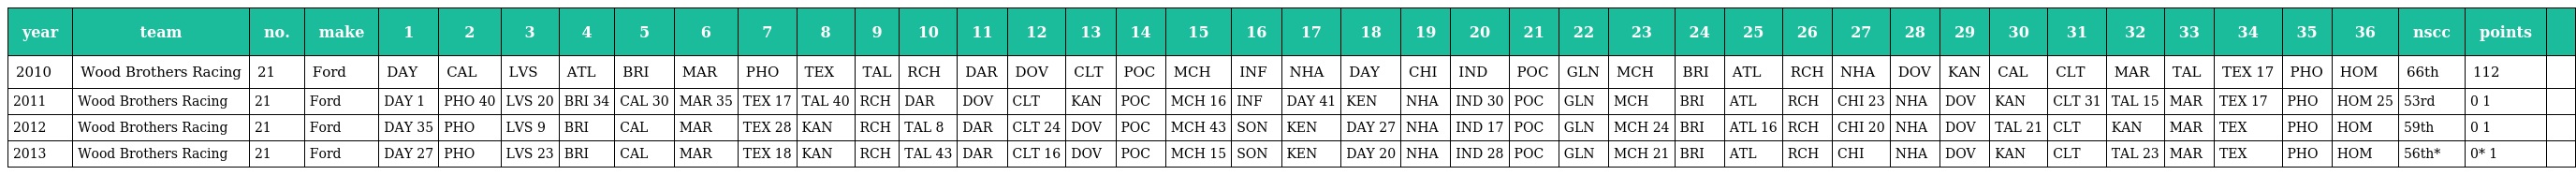
| year | team | no. | make | 1 | 2 | 3 | 4 | 5 | 6 | 7 | 8 | 9 | 10 | 11 | 12 | 13 | 14 | 15 | 16 | 17 | 18 | 19 | 20 | 21 | 22 | 23 | 24 | 25 | 26 | 27 | 28 | 29 | 30 | 31 | 32 | 33 | 34 | 35 | 36 | nscc | points |  |
 | --- | --- | --- | --- | --- | --- | --- | --- | --- | --- | --- | --- | --- | --- | --- | --- | --- | --- | --- | --- | --- | --- | --- | --- | --- | --- | --- | --- | --- | --- | --- | --- | --- | --- | --- | --- | --- | --- | --- | --- | --- | --- | --- |
 | 2010 | Wood Brothers Racing | 21 | Ford | DAY | CAL | LVS | ATL | BRI | MAR | PHO | TEX | TAL | RCH | DAR | DOV | CLT | POC | MCH | INF | NHA | DAY | CHI | IND | POC | GLN | MCH | BRI | ATL | RCH | NHA | DOV | KAN | CAL | CLT | MAR | TAL | TEX 17 | PHO | HOM | 66th | 112 |  |
 | 2011 | Wood Brothers Racing | 21 | Ford | DAY 1 | PHO 40 | LVS 20 | BRI 34 | CAL 30 | MAR 35 | TEX 17 | TAL 40 | RCH | DAR | DOV | CLT | KAN | POC | MCH 16 | INF | DAY 41 | KEN | NHA | IND 30 | POC | GLN | MCH | BRI | ATL | RCH | CHI 23 | NHA | DOV | KAN | CLT 31 | TAL 15 | MAR | TEX 17 | PHO | HOM 25 | 53rd | 0 1 |  |
 | 2012 | Wood Brothers Racing | 21 | Ford | DAY 35 | PHO | LVS 9 | BRI | CAL | MAR | TEX 28 | KAN | RCH | TAL 8 | DAR | CLT 24 | DOV | POC | MCH 43 | SON | KEN | DAY 27 | NHA | IND 17 | POC | GLN | MCH 24 | BRI | ATL 16 | RCH | CHI 20 | NHA | DOV | TAL 21 | CLT | KAN | MAR | TEX | PHO | HOM | 59th | 0 1 |  |
 | 2013 | Wood Brothers Racing | 21 | Ford | DAY 27 | PHO | LVS 23 | BRI | CAL | MAR | TEX 18 | KAN | RCH | TAL 43 | DAR | CLT 16 | DOV | POC | MCH 15 | SON | KEN | DAY 20 | NHA | IND 28 | POC | GLN | MCH 21 | BRI | ATL | RCH | CHI | NHA | DOV | KAN | CLT | TAL 23 | MAR | TEX | PHO | HOM | 56th* | 0* 1 |  |